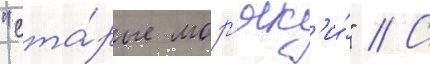
"ста́рые мор'як'и́" // С